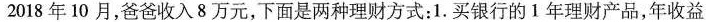
2018年10月，爸爸收入8万元，下面是两种理财方式：1.买银行的1年理财产品，年收益